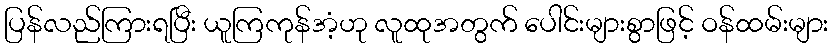
ပြန်လည်ကြားရပြီး ယူကြကုန်အံ့ဟု လူထုအတွက် ပေါင်းများစွာဖြင့် ဝန်ထမ်းများ